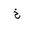
Letter: _kha